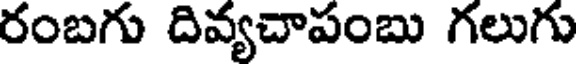
రంబగు దివ్యచాపంబు గలుగు